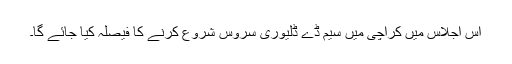
اس اجلاس میں کراچی میں سیم ڈے ڈلیوری سروس شروع کرنے کا فیصلہ کیا جائے گا۔